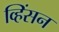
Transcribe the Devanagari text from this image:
व्हिंसन